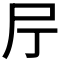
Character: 𡰨